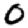
Digit: 0